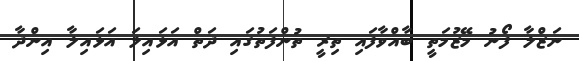
ނަޒްލާ ފޯނު މޭޒުމަތީ ބާއްވާފައި ތިރީ ތުންފަތުގައި ދަތް އަޅައިލަ އަޅައިލާ އިންދާ